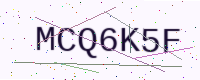
Text: MCQ6K5F